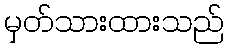
မှတ်သားထားသည်